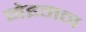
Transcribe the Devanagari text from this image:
नेइमन